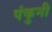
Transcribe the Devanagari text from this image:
पंकुनी